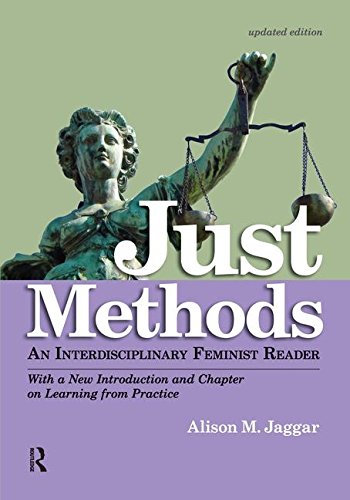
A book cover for Just Methods: An Interdisciplinary Feminist Reader; Alison M. Jaggar; Gay & Lesbian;